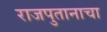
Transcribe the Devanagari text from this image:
राजपुतानाचा